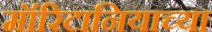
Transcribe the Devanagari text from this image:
मॉरिटानियाच्या